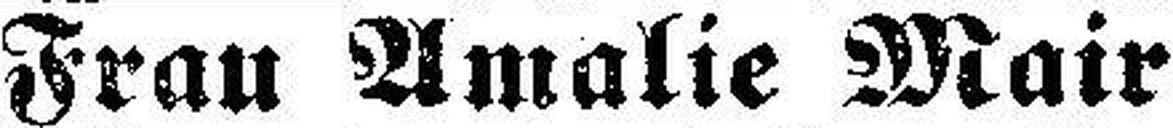
Frau Amalie Mair